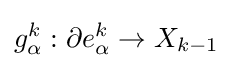
g_{\alpha }^{k}:\partial e_{\alpha }^{k}\to X_{k-1}